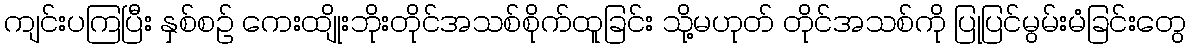
ကျင်းပကြပြီး နှစ်စဉ် ကေးထျိုးဘိုးတိုင်အသစ်စိုက်ထူခြင်း သို့မဟုတ် တိုင်အသစ်ကို ပြုပြင်မွမ်းမံခြင်းတွေ